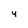
Character: 4